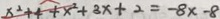
x ^ { 2 } + 4 + x ^ { 2 } + 3 x + 2 = - 8 x - 8